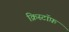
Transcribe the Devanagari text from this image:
क्रिस्टॉफ़